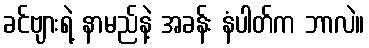
ခင်ဗျားရဲ့ နာမည်နဲ့ အခန်း နံပါတ်က ဘာလဲ။